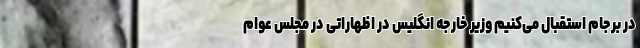
در برجام استقبال می‌کنیم وزیر خارجه انگلیس در اظهاراتی در مجلس عوام